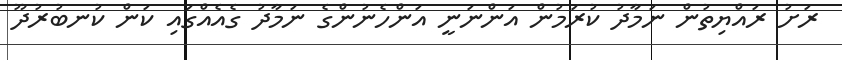
ރަށު ރައްޔިތުން ނަމާދު ކުރަމުން އަންނަނީ އަންހެނުންގެ ނަމާދު ގެއެއްގައި ކަން ކުނބުރުދޫ